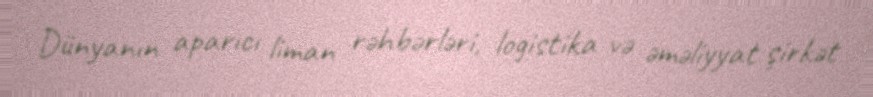
Dünyanın aparıcı liman rəhbərləri, logistika və əməliyyat şirkət